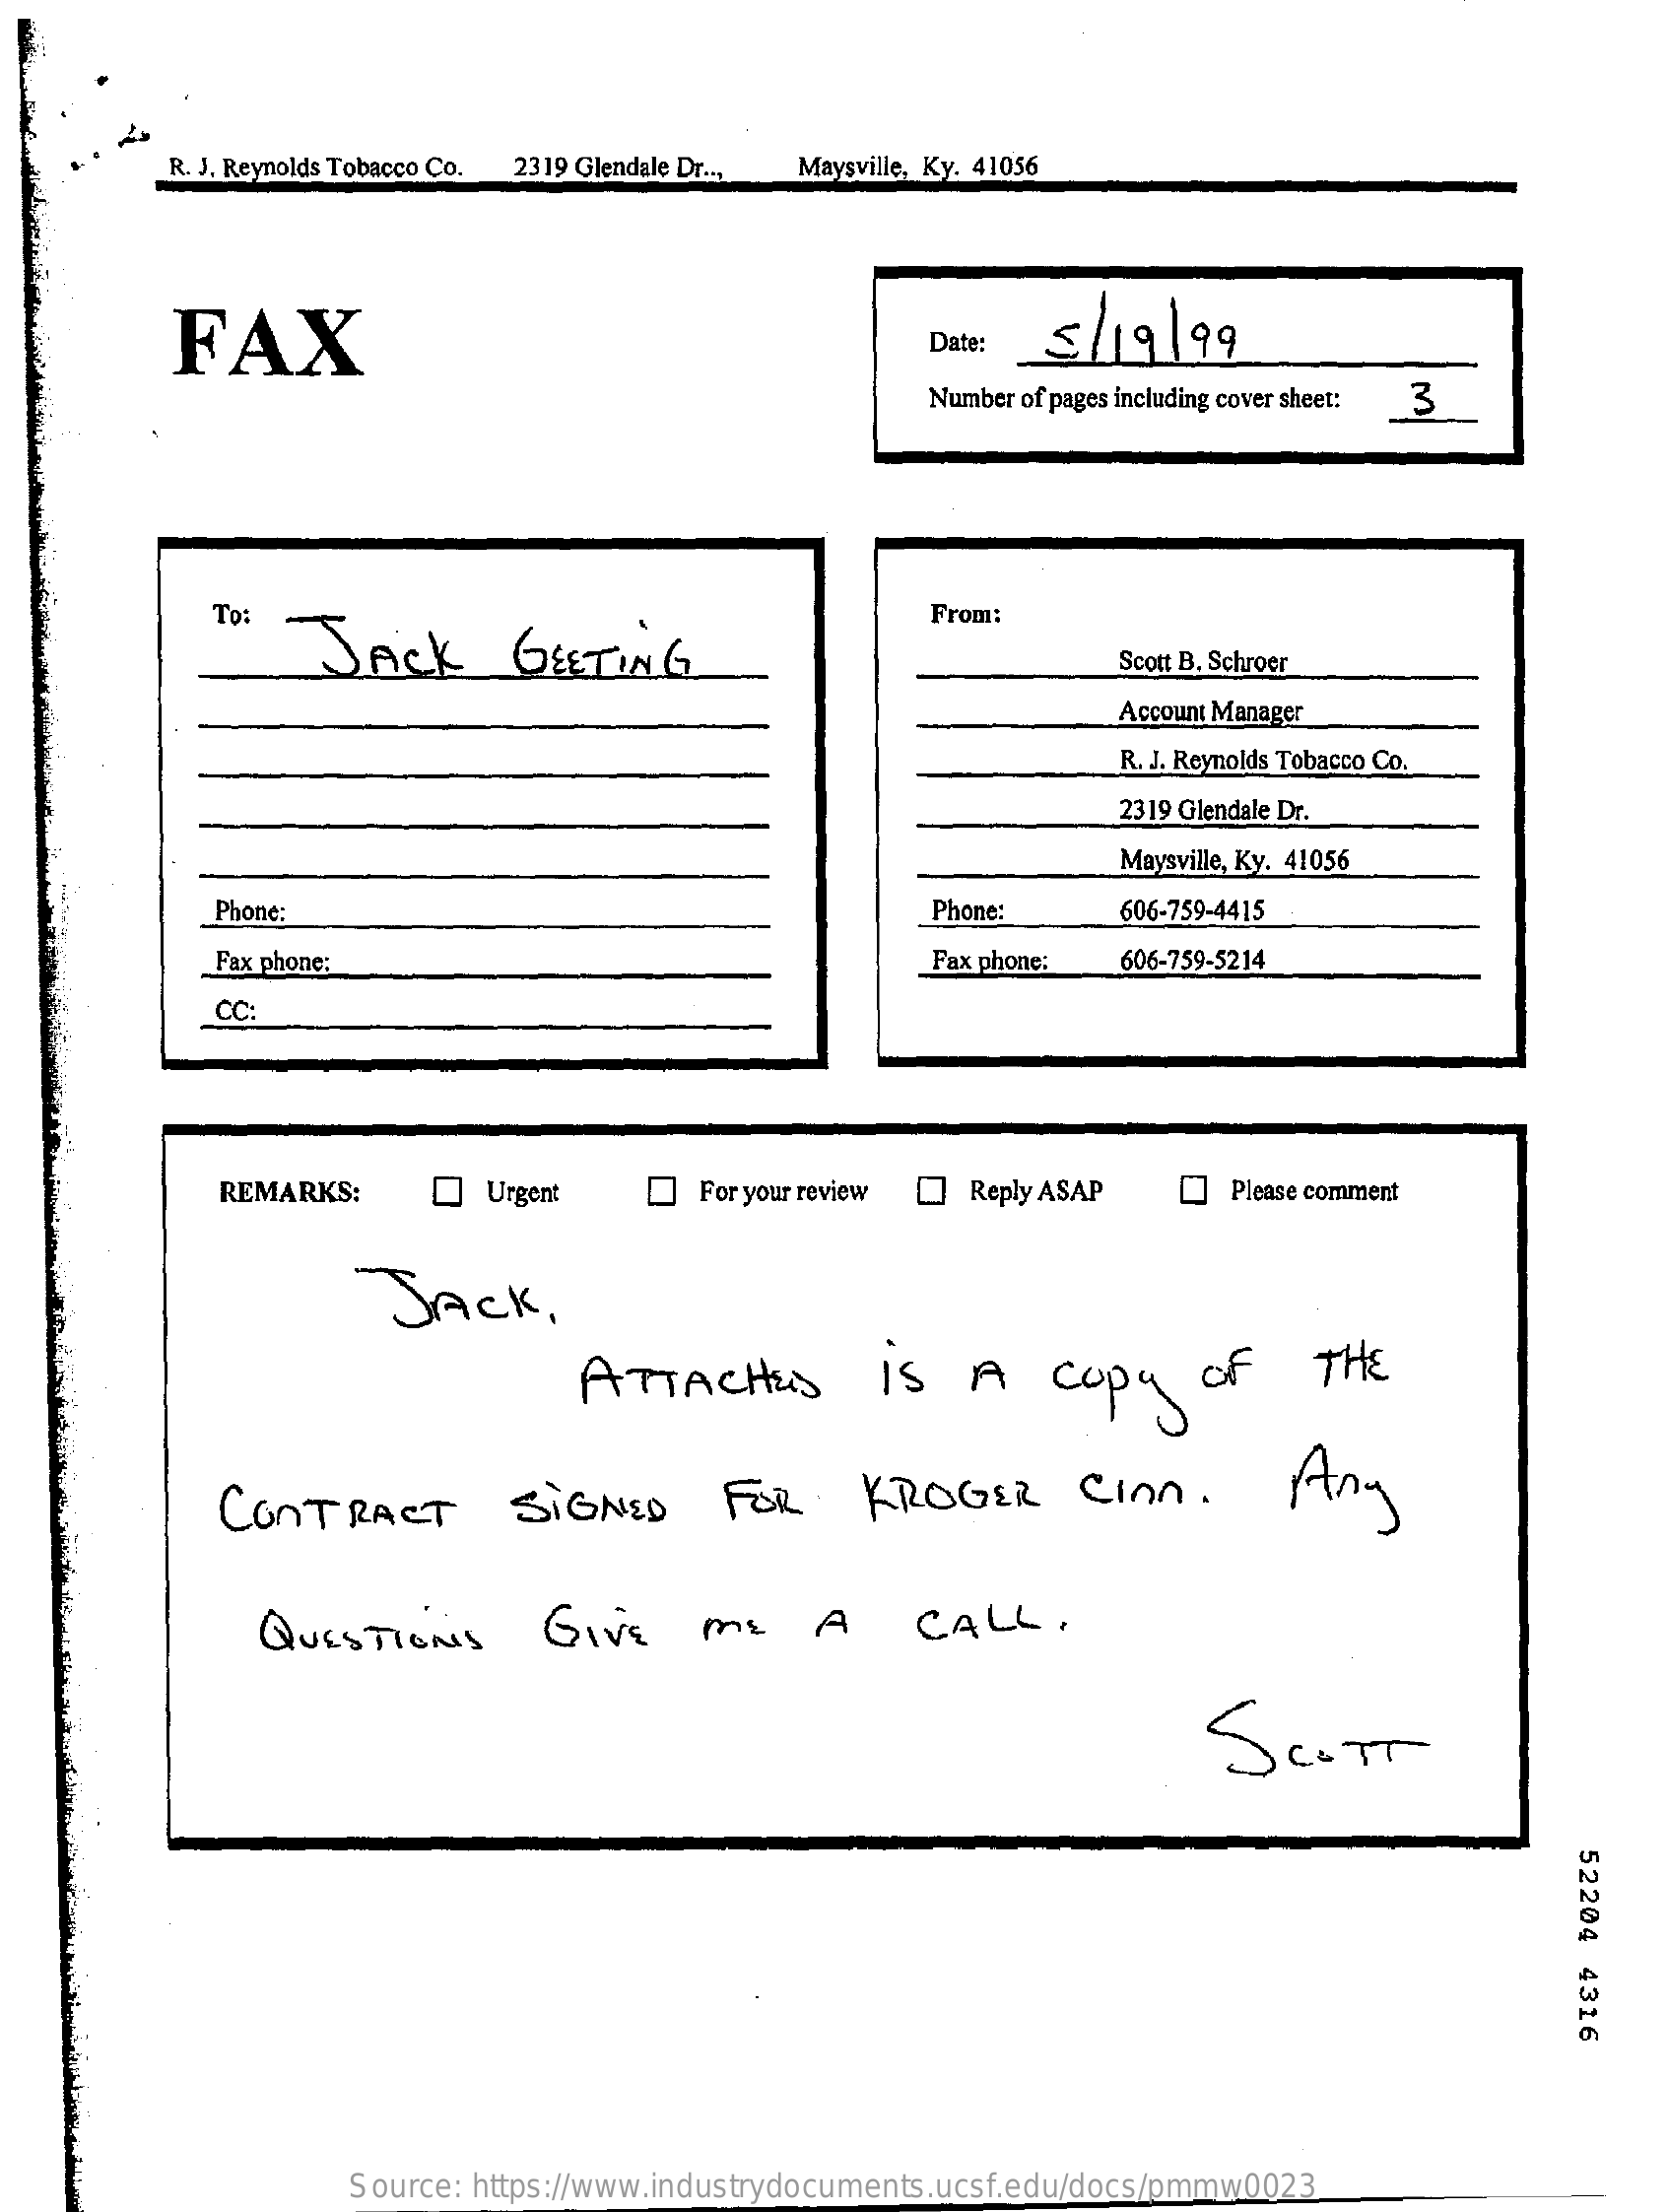
R. J. Reynolds Tobacco Co. 2319 Glendale Dr ... Maysville, Ky. 41056
     FAX    5/  19199
     Date:
     Number of pages including cover sheet: 3
     To:
     JACK    GEETING
     From:
     Scott B. Schroer
     Account Manager
     R. J. Reynolds Tobacco Co.
     2319 Glendale Dr.
     Maysville, Ky. 41056
     Phone:    Phone:    606-759-4415
     Fax phone:    Fax phone:  606-759-5214
     CC:
     REMARKS:    Urgent    For your review Reply ASAP    Please comment
     JACK    .
     ATTACHED    IS    A    copy    of    THE
     CONTRACT    SIGNED    FOR    KROGER    CIAN.    Any
     QUESTIONS    GIVE    ME    A    CALL.
     SCOTT
     52204
     4316
     Source: https://www.industrydocuments.ucsf.edu/docs/pmmw0023